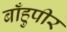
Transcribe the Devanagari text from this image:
बाँहुपीर